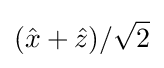
({\hat {x}}+{\hat {z}})/{\sqrt {2}}